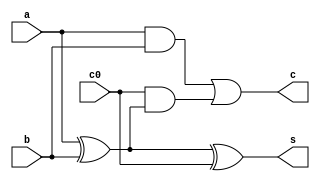
`timescale 1ns / 1ps
//////////////////////////////////////////////////////////////////////////////////
// Company: 
// Engineer: 
// 
// Design Name: 
// Module Name: inv
// Project Name: 
// Target Devices: 
// Tool Versions: 
// Description: 
// 
// Dependencies: 
// 
// Revision:
// Revision 0.01 - File Created
// Additional Comments:
// 
//////////////////////////////////////////////////////////////////////////////////


module inv(
    input a, b, c0,
    output s, c
);

assign s = a^b^c0;
assign c = (a&b) | (c0&(a^b));

endmodule